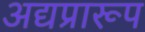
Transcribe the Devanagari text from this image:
अद्यप्रारूप